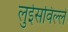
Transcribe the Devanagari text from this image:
लुईसविल्ले